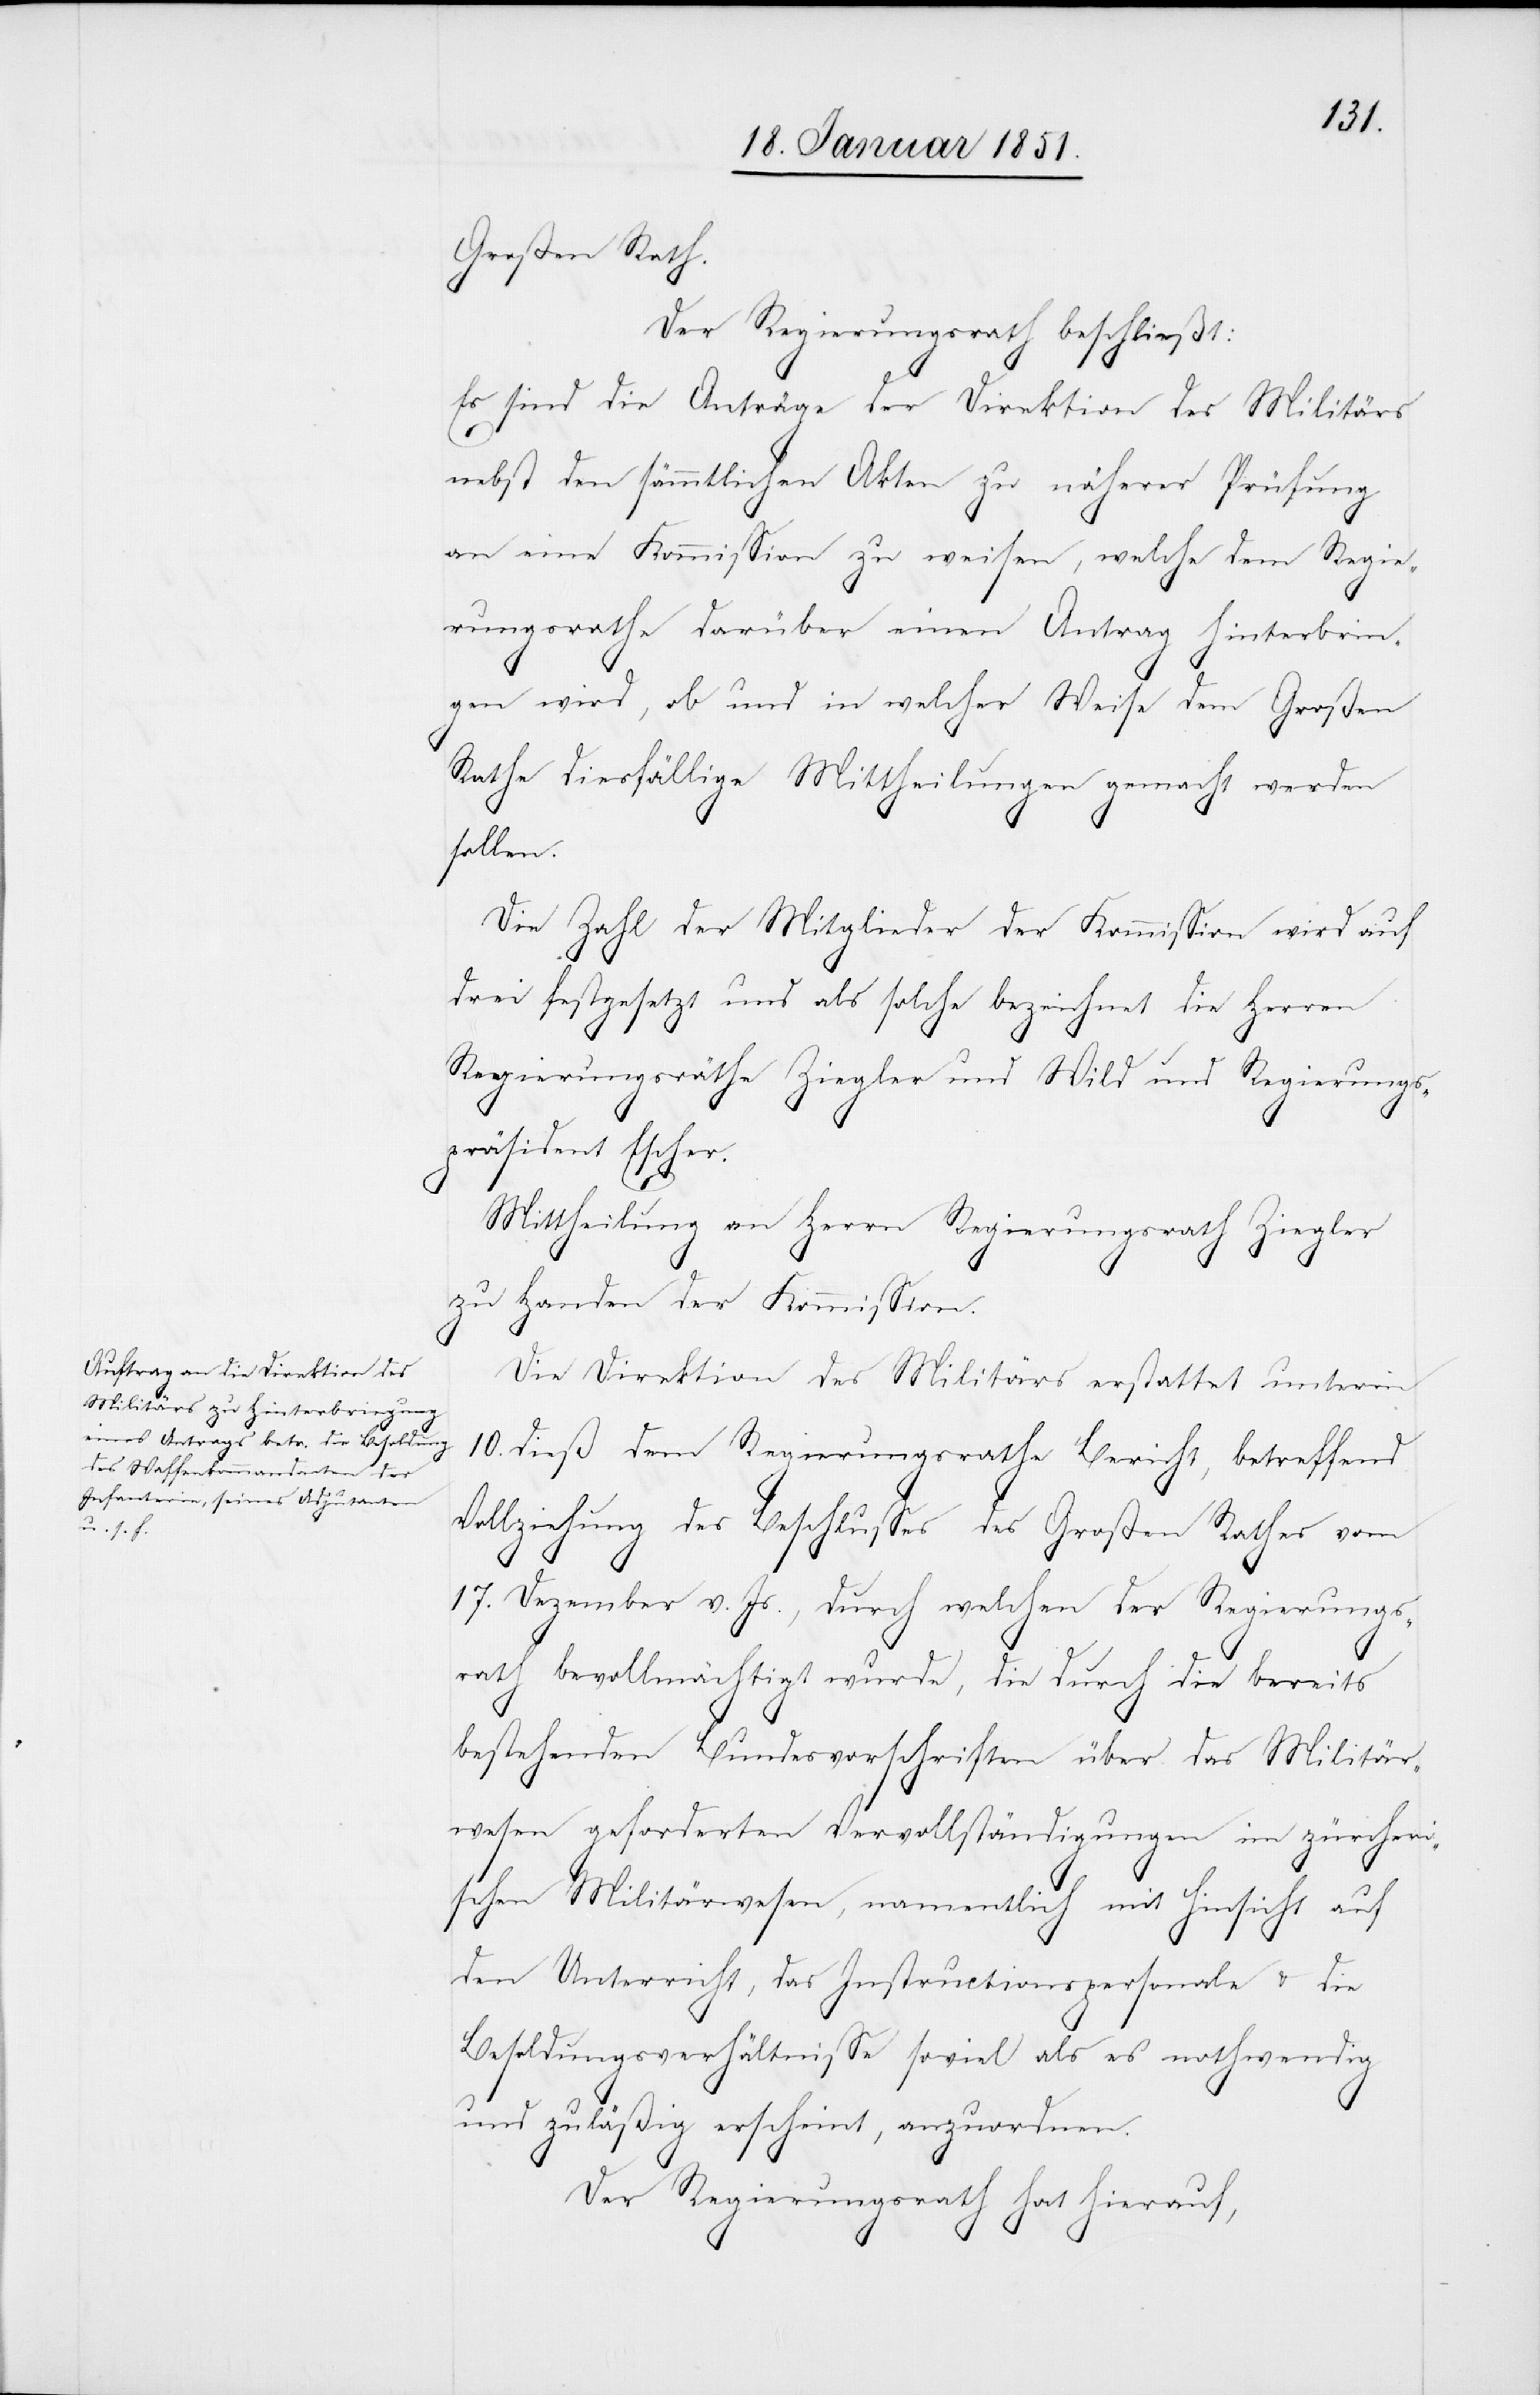
Großen Rath.
Der Regierungsrath beschließt:
Es sind die Anträge der Direktion des Militärs
nebst den sämmtlichen Akten zu näherer Prüfung
an eine Kommission zu weisen, welche dem Regie¬
rungsrathe darüber einen Antrag hinterbin¬
gen wird, ob und in welcher Weise dem Großen
Rathe diesfällige Mittheilungen gemacht werden
sollen.
Die Zahl der Mitglieder der Kommission wird auf
drei festgesetzt und als solche bezeichnet die Herren
Regierungsräthe Ziegler und Wild und Regierungs¬
präsident Escher.
Mittheilung an Herrn Regierungsrath Ziegler
zu Handen der Kommission.
Die Direktion des Militärs erstattet unterm
10. dieß dem Regierungsrathe Bericht, betreffend
Vollziehung des Beschlusses des Großen Rathes vom
17. Dezember v. Js., durch welchen der Regierungs¬
rath bevollmächtigt wurde, die durch die bereits
bestehenden Bundesvorschriften über das Militär¬
wesen geforderten Vervollständigungen im zürcheri¬
schen Militärwesen, namentlich mit Hinsicht auf
den Unterricht, das Instructionspersonale & die
Besoldungsverhältnisse soviel als es nothwendig
und zuläßig erscheint, anzuordnen.
Der Regierungsrath hat hierauf,